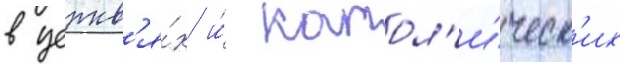
в церкв'я́х и́ катол'и́ческ'их